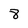
Character: 8